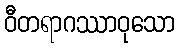
ဝီတရာဂဿာဝုသော